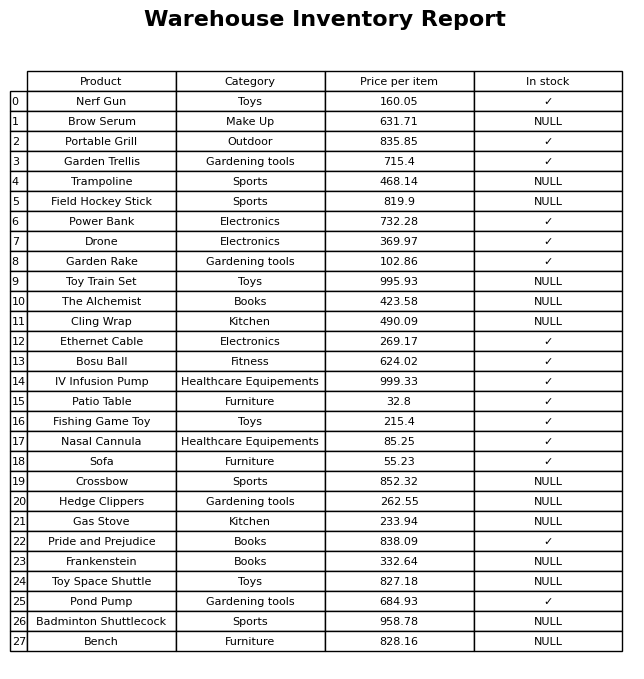
question: What is the price of the Brow Serum?
answer: The price of Brow Serum is 631.71.